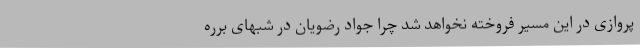
پروازی در این مسیر فروخته نخواهد شد چرا جواد رضویان در شبهای برره